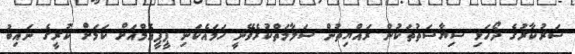
ސަރުކާރުގެ ދޯހަޅި ސިޔާސަތުތަކުން ރައްޔިތުން ސަލާމަތްކުރެވޭނީ ހަމައެކަނި ޕީޕީއެމްއަށް ކަމަށް ކުރީގެ ނައިބު